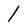
Character: 1